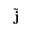
\tilde { \bf j }